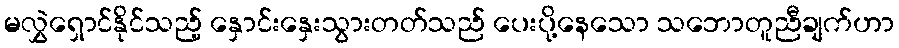
မလွှဲရှောင်နိုင်သည့် နှောင်းနှေးသွားတတ်သည် ပေးပို့နေသော သဘောတူညီချက်ဟာ